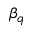
\beta _ { q }